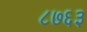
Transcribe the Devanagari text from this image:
८७६३